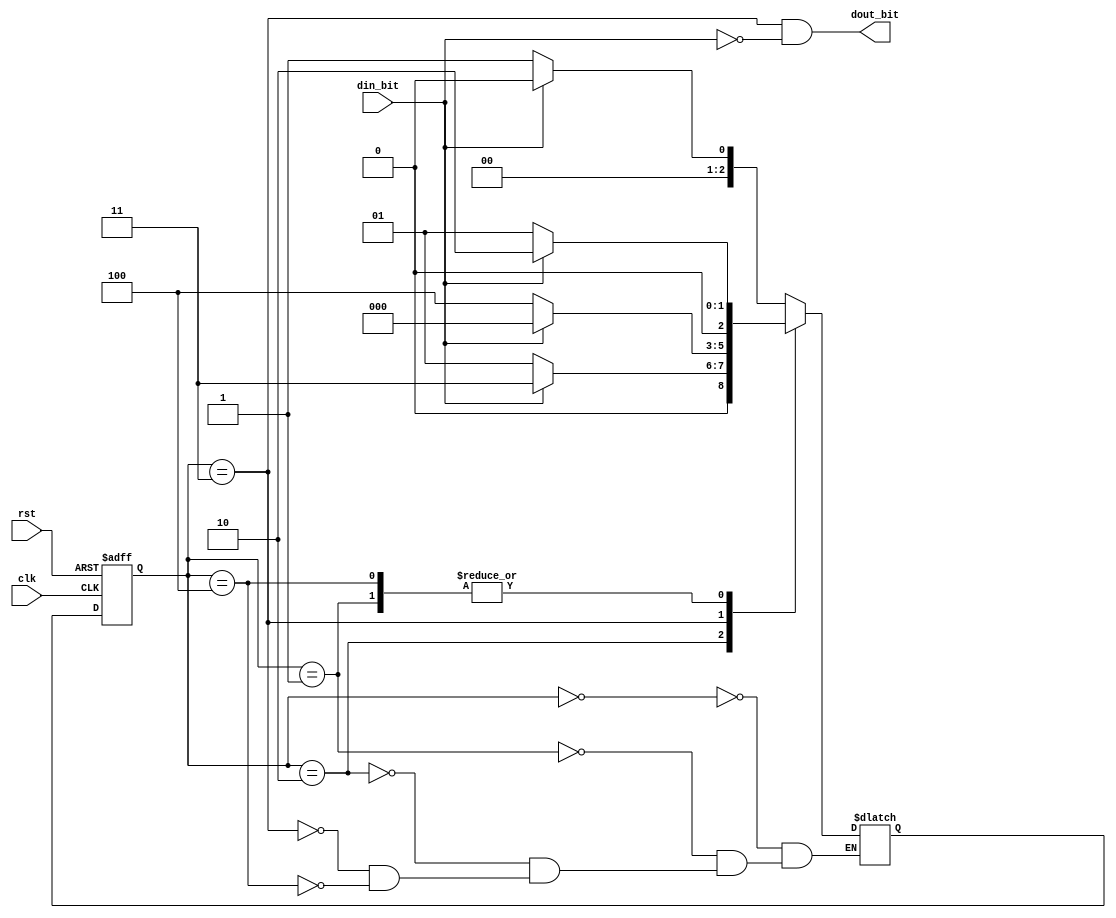
`timescale 1ns / 1ps

module mealy_fsm(clk, rst, din_bit, dout_bit);
input clk, rst, din_bit;
output dout_bit;
reg [2:0] state, next;
parameter 	start = 3'b000,
		st1 = 3'b001,
		st2 = 3'b010,
		st3 = 3'b011,
		st4 = 3'b100;

// next state logic block
always @(state or din_bit) begin
	#0
	case(state)
		start: next = (din_bit==0) ? st1:start;
		st1: next = (din_bit==0) ? st1:st2;
		st2: next = (din_bit==0) ? st1:st3;
		st3: next = (din_bit==0) ? st4:start;
		st4: next = (din_bit==0) ? st1:st2;
	endcase
end

// state register block
always @(posedge clk or negedge rst) begin
	if (rst==0) state <= start;
	else state <= next;
end

//output logic block
assign dout_bit = (state == st3 && din_bit == 0);
endmodule